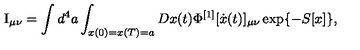
\mathrm { I } _ { \mu \nu } = \int { d ^ { 4 } a \int _ { x ( 0 ) = x ( T ) = a } { D x ( t ) } } \Phi ^ { [ 1 ] } [ \dot { x } ( t ) ] _ { \mu \nu } \exp \{ - S [ x ] \} ,